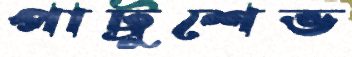
পাট্রুশেভ